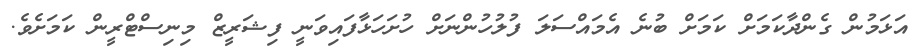
އަޅަމުން ގެންދާކަމަށް ކަމަށް ބުނެ އެމައްސަލަ ފުލުހުންނަށް ހުށަހަޅާފައިވަނީ ފިޝަރީޒް މިނިސްޓްރީން ކަމަށެވެ.